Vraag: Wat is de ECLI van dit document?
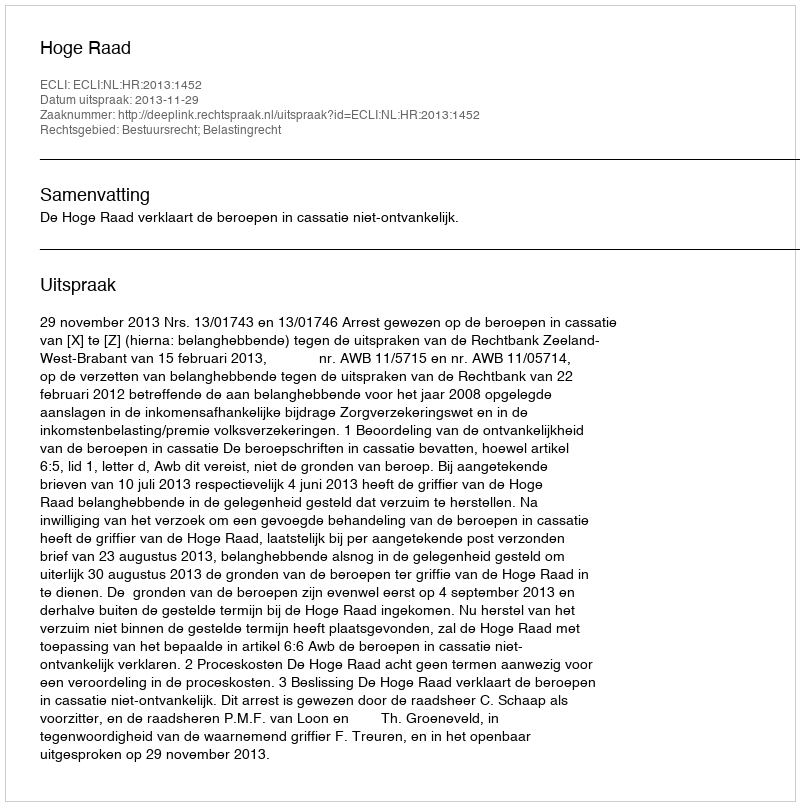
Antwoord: ECLI:NL:HR:2013:1452